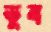
ডুব